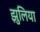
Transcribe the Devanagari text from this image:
झुलिया